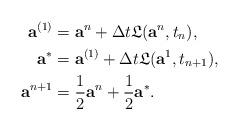
LaTeX: \begin{align*}{\textbf{a}^{(1)}} &= \textbf{a}^n + \Delta t \mathfrak{L}(\textbf{a}^n,t_n), \\{\textbf{a}^{*}} &= \textbf{a}^{(1)} + \Delta t \mathfrak{L}(\textbf{a}^{{1}},t_{n+1}), \\\textbf{a}^{n+1} &= \frac{1}{2}\textbf{a}^n + \frac{1}{2}\textbf{a}^{*}. \end{align*}